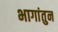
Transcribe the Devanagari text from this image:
भागांतुन